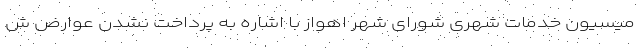
میسیون خدمات شهری شورای شهر اهواز با اشاره به پرداخت نشدن عوارض ش